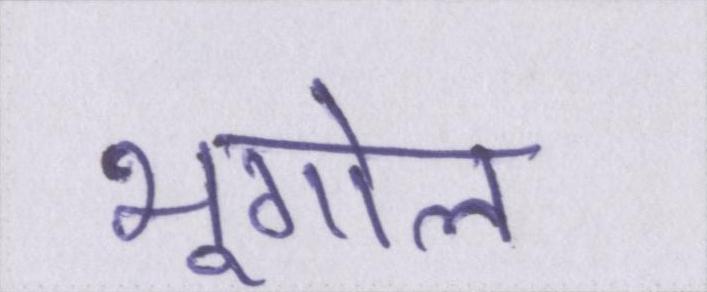
भूगोल